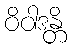
ဝိဝါဒန္တိ